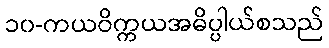
၁၀-ကယဝိက္ကယအဓိပ္ပါယ်စသည်